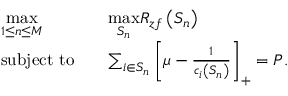
\begin{array} { r l r l } & { \underset { 1 \leq n \leq M } { \mathrm { m a x } } } & & { \underset { S _ { n } } { \mathrm { m a x } } R _ { z f } \left( S _ { n } \right) } \\ & { \mathrm { s u b j e c t ~ t o } } & & { \sum _ { i \in S _ { n } } \left[ \mu - \frac { 1 } { c _ { i } \left( S _ { n } \right) } \right] _ { + } = P . } \end{array}